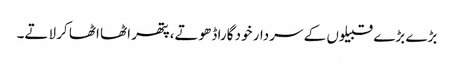
بڑے بڑے قبیلوں کے سردار خود گارا ڈھوتے،پتھر اٹھا اٹھا کر لاتے۔